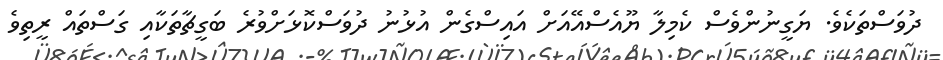
ދުވަސްތަކެވެ. ޔަގީނުންވެސް ކެމިލާ ޔޫއެސްއޭއަށް އައިސްގެން އުޅުނު ދުވަސްކޮޅަށްވުރެ ބަގީޗާތަކާއި ގަސްތައް ރީތިވެ